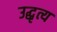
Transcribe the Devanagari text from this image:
उद्धृत्य